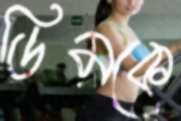
ডিমকে